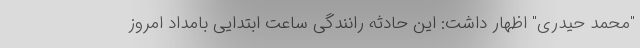
"محمد حیدری" اظهار داشت: این حادثه رانندگی ساعت ابتدایی بامداد امروز